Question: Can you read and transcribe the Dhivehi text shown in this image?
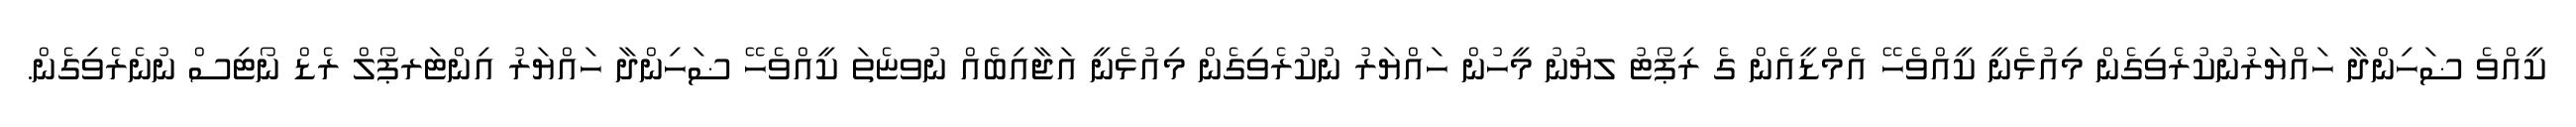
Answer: ކީއްވެ ޟަހިންދާ ހައްޔަރުނުކުރެވިގެން މިއުޅެނީ ކީއްވެހޭ އެމްޑީއެން ގެ ރިޕޯޓު ލޔުނު މީހުން ހައްޔަރު ނުކުރެވިގެން މިއުޅެނީ އަޖާއިބެއް ނުވޏެތަ ކީއްވެހޭ ޟަހިންދާ ހައްޔަރު އިންޓަރޕޯލް ރެޑް ނޯޓިސް ނުނެރެވިގެން.